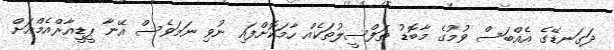
ދަގަނޑޭގެ އެއްބަސް ވުމުގެ މާބޮޑު ތަފްސީލުތަކެއް ހާމަކޮށްފައި ނުވި ނަމަވެސް އޭނާ ޕީޑީއާރްއެމްއަށް